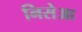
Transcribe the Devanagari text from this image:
निसेआ